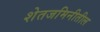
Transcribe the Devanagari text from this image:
शेतजमिनीतील